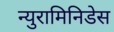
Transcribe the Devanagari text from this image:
न्युरामिनिडेस